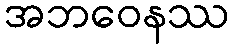
အဘဝေနဿ